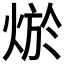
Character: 𤉪